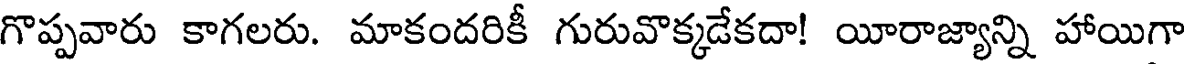
గొప్పవారు కాగలరు. మాకందరికీ గురువొక్కడేకదా! యీరాజ్యాన్ని హాయిగా